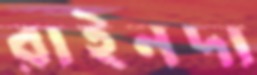
রাইনদা